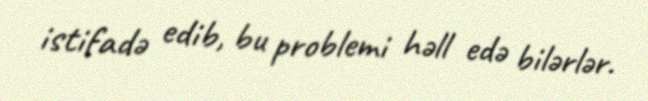
istifadə edib, bu problemi həll edə bilərlər.